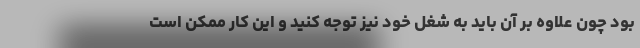
بود چون علاوه بر آن باید به شغل خود نیز توجه کنید و این کار ممکن است